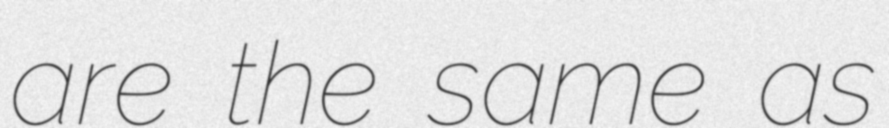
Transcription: are the same as